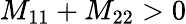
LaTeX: M_{11}+M_{22}>0